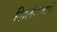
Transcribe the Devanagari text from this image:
शिलंगणाचे